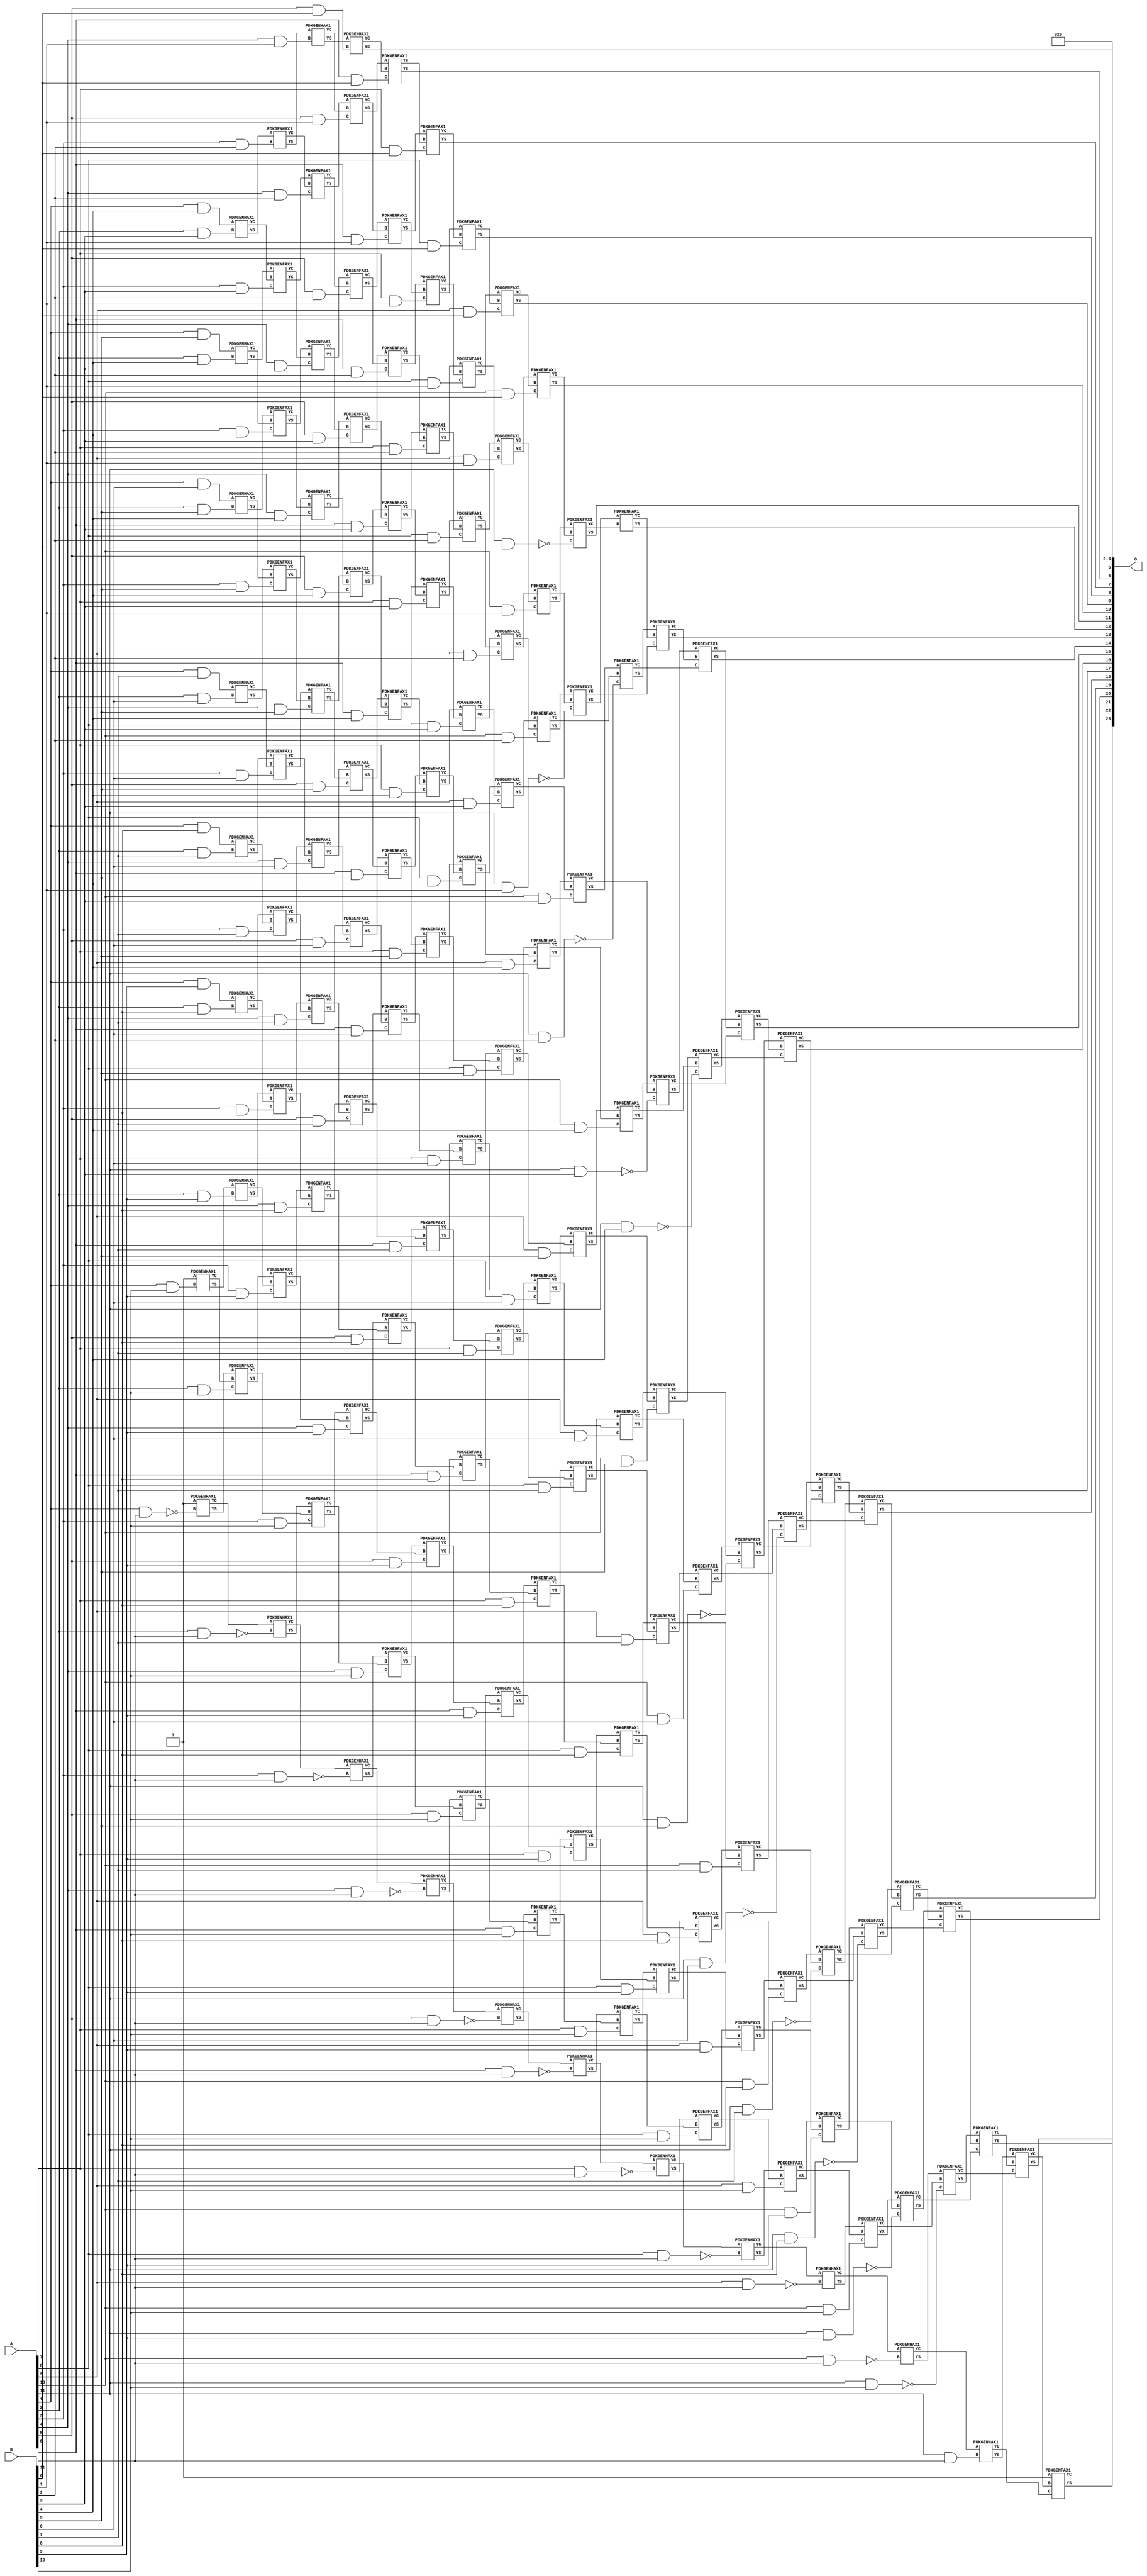
/***
* This code is a part of EvoApproxLib library (ehw.fit.vutbr.cz/approxlib) distributed under The MIT License.
* When used, please cite the following article(s): V. Mrazek, Z. Vasicek, L. Sekanina, H. Jiang and J. Han, "Scalable Construction of Approximate Multipliers With Formally Guaranteed Worst Case Error" in IEEE Transactions on Very Large Scale Integration (VLSI) Systems, vol. 26, no. 11, pp. 2572-2576, Nov. 2018. doi: 10.1109/TVLSI.2018.2856362 
* This file contains a circuit from a sub-set of pareto optimal circuits with respect to the pwr and mae parameters
***/
// MAE% = 0.0031 %
// MAE = 524 
// WCE% = 0.013 %
// WCE = 2145 
// WCRE% = 9700.00 %
// EP% = 90.61 %
// MRE% = 0.25 %
// MSE = 700070 
// PDK45_PWR = 1.055 mW
// PDK45_AREA = 1443.6 um2
// PDK45_DELAY = 2.22 ns


module mul12s_2K5 ( A, B, O );
  input [11:0] A;
  input [11:0] B;
  output [23:0] O;

  wire C_10_0,C_10_1,C_10_10,C_10_11,C_10_2,C_10_3,C_10_4,C_10_5,C_10_6,C_10_7,C_10_8,C_10_9,C_11_0,C_11_1,C_11_10,C_11_11,C_11_2,C_11_3,C_11_4,C_11_5,C_11_6,C_11_7,C_11_8,C_11_9,C_12_0,C_12_1,C_12_10,C_12_11,C_12_2,C_12_3,C_12_4,C_12_5,C_12_6,C_12_7,C_12_8,C_12_9,C_1_10,C_1_11,C_2_10,C_2_11,C_2_3,C_2_4,C_2_5,C_2_6,C_2_7,C_2_8,C_2_9,C_3_10,C_3_11,C_3_2,C_3_3,C_3_4,C_3_5,C_3_6,C_3_7,C_3_8,C_3_9,C_4_1,C_4_10,C_4_11,C_4_2,C_4_3,C_4_4,C_4_5,C_4_6,C_4_7,C_4_8,C_4_9,C_5_0,C_5_1,C_5_10,C_5_11,C_5_2,C_5_3,C_5_4,C_5_5,C_5_6,C_5_7,C_5_8,C_5_9,C_6_0,C_6_1,C_6_10,C_6_11,C_6_2,C_6_3,C_6_4,C_6_5,C_6_6,C_6_7,C_6_8,C_6_9,C_7_0,C_7_1,C_7_10,C_7_11,C_7_2,C_7_3,C_7_4,C_7_5,C_7_6,C_7_7,C_7_8,C_7_9,C_8_0,C_8_1,C_8_10,C_8_11,C_8_2,C_8_3,C_8_4,C_8_5,C_8_6,C_8_7,C_8_8,C_8_9,C_9_0,C_9_1,C_9_10,C_9_11,C_9_2,C_9_3,C_9_4,C_9_5,C_9_6,C_9_7,C_9_8,C_9_9,S_0_11,S_10_0,S_10_1,S_10_10,S_10_11,S_10_2,S_10_3,S_10_4,S_10_5,S_10_6,S_10_7,S_10_8,S_10_9,S_11_0,S_11_1,S_11_10,S_11_11,S_11_2,S_11_3,S_11_4,S_11_5,S_11_6,S_11_7,S_11_8,S_11_9,S_12_0,S_12_1,S_12_10,S_12_11,S_12_2,S_12_3,S_12_4,S_12_5,S_12_6,S_12_7,S_12_8,S_12_9,S_1_10,S_1_11,S_1_4,S_1_5,S_1_6,S_1_7,S_1_8,S_1_9,S_2_10,S_2_11,S_2_3,S_2_4,S_2_5,S_2_6,S_2_7,S_2_8,S_2_9,S_3_10,S_3_11,S_3_2,S_3_3,S_3_4,S_3_5,S_3_6,S_3_7,S_3_8,S_3_9,S_4_1,S_4_10,S_4_11,S_4_2,S_4_3,S_4_4,S_4_5,S_4_6,S_4_7,S_4_8,S_4_9,S_5_0,S_5_1,S_5_10,S_5_11,S_5_2,S_5_3,S_5_4,S_5_5,S_5_6,S_5_7,S_5_8,S_5_9,S_6_0,S_6_1,S_6_10,S_6_11,S_6_2,S_6_3,S_6_4,S_6_5,S_6_6,S_6_7,S_6_8,S_6_9,S_7_0,S_7_1,S_7_10,S_7_11,S_7_2,S_7_3,S_7_4,S_7_5,S_7_6,S_7_7,S_7_8,S_7_9,S_8_0,S_8_1,S_8_10,S_8_11,S_8_2,S_8_3,S_8_4,S_8_5,S_8_6,S_8_7,S_8_8,S_8_9,S_9_0,S_9_1,S_9_10,S_9_11,S_9_2,S_9_3,S_9_4,S_9_5,S_9_6,S_9_7,S_9_8,S_9_9;

  assign S_0_11 = 1'b1;
  assign S_1_4 = (A[1] & B[4]);
  assign S_1_5 = (A[1] & B[5]);
  assign S_1_6 = (A[1] & B[6]);
  assign S_1_7 = (A[1] & B[7]);
  assign S_1_8 = (A[1] & B[8]);
  assign S_1_9 = (A[1] & B[9]);
  PDKGENHAX1 U21695 (.A(S_0_11), .B((A[1] & B[10])), .YS(S_1_10), .YC(C_1_10));
  PDKGENHAX1 U21696 (.A(1'b1), .B(~(A[1] & B[11])), .YS(S_1_11), .YC(C_1_11));
  PDKGENHAX1 U21700 (.A(S_1_4), .B((A[2] & B[3])), .YS(S_2_3), .YC(C_2_3));
  PDKGENHAX1 U21701 (.A(S_1_5), .B((A[2] & B[4])), .YS(S_2_4), .YC(C_2_4));
  PDKGENHAX1 U21702 (.A(S_1_6), .B((A[2] & B[5])), .YS(S_2_5), .YC(C_2_5));
  PDKGENHAX1 U21703 (.A(S_1_7), .B((A[2] & B[6])), .YS(S_2_6), .YC(C_2_6));
  PDKGENHAX1 U21704 (.A(S_1_8), .B((A[2] & B[7])), .YS(S_2_7), .YC(C_2_7));
  PDKGENHAX1 U21705 (.A(S_1_9), .B((A[2] & B[8])), .YS(S_2_8), .YC(C_2_8));
  PDKGENHAX1 U21706 (.A(S_1_10), .B((A[2] & B[9])), .YS(S_2_9), .YC(C_2_9));
  PDKGENFAX1 U21707 (.A(S_1_11), .B(C_1_10), .C((A[2] & B[10])), .YS(S_2_10), .YC(C_2_10));
  PDKGENHAX1 U21708 (.A(C_1_11), .B(~(A[2] & B[11])), .YS(S_2_11), .YC(C_2_11));
  PDKGENHAX1 U21711 (.A(S_2_3), .B((A[3] & B[2])), .YS(S_3_2), .YC(C_3_2));
  PDKGENFAX1 U21712 (.A(S_2_4), .B(C_2_3), .C((A[3] & B[3])), .YS(S_3_3), .YC(C_3_3));
  PDKGENFAX1 U21713 (.A(S_2_5), .B(C_2_4), .C((A[3] & B[4])), .YS(S_3_4), .YC(C_3_4));
  PDKGENFAX1 U21714 (.A(S_2_6), .B(C_2_5), .C((A[3] & B[5])), .YS(S_3_5), .YC(C_3_5));
  PDKGENFAX1 U21715 (.A(S_2_7), .B(C_2_6), .C((A[3] & B[6])), .YS(S_3_6), .YC(C_3_6));
  PDKGENFAX1 U21716 (.A(S_2_8), .B(C_2_7), .C((A[3] & B[7])), .YS(S_3_7), .YC(C_3_7));
  PDKGENFAX1 U21717 (.A(S_2_9), .B(C_2_8), .C((A[3] & B[8])), .YS(S_3_8), .YC(C_3_8));
  PDKGENFAX1 U21718 (.A(S_2_10), .B(C_2_9), .C((A[3] & B[9])), .YS(S_3_9), .YC(C_3_9));
  PDKGENFAX1 U21719 (.A(S_2_11), .B(C_2_10), .C((A[3] & B[10])), .YS(S_3_10), .YC(C_3_10));
  PDKGENHAX1 U21720 (.A(C_2_11), .B(~(A[3] & B[11])), .YS(S_3_11), .YC(C_3_11));
  PDKGENHAX1 U21722 (.A(S_3_2), .B((A[4] & B[1])), .YS(S_4_1), .YC(C_4_1));
  PDKGENFAX1 U21723 (.A(S_3_3), .B(C_3_2), .C((A[4] & B[2])), .YS(S_4_2), .YC(C_4_2));
  PDKGENFAX1 U21724 (.A(S_3_4), .B(C_3_3), .C((A[4] & B[3])), .YS(S_4_3), .YC(C_4_3));
  PDKGENFAX1 U21725 (.A(S_3_5), .B(C_3_4), .C((A[4] & B[4])), .YS(S_4_4), .YC(C_4_4));
  PDKGENFAX1 U21726 (.A(S_3_6), .B(C_3_5), .C((A[4] & B[5])), .YS(S_4_5), .YC(C_4_5));
  PDKGENFAX1 U21727 (.A(S_3_7), .B(C_3_6), .C((A[4] & B[6])), .YS(S_4_6), .YC(C_4_6));
  PDKGENFAX1 U21728 (.A(S_3_8), .B(C_3_7), .C((A[4] & B[7])), .YS(S_4_7), .YC(C_4_7));
  PDKGENFAX1 U21729 (.A(S_3_9), .B(C_3_8), .C((A[4] & B[8])), .YS(S_4_8), .YC(C_4_8));
  PDKGENFAX1 U21730 (.A(S_3_10), .B(C_3_9), .C((A[4] & B[9])), .YS(S_4_9), .YC(C_4_9));
  PDKGENFAX1 U21731 (.A(S_3_11), .B(C_3_10), .C((A[4] & B[10])), .YS(S_4_10), .YC(C_4_10));
  PDKGENHAX1 U21732 (.A(C_3_11), .B(~(A[4] & B[11])), .YS(S_4_11), .YC(C_4_11));
  PDKGENHAX1 U21733 (.A(S_4_1), .B((A[5] & B[0])), .YS(S_5_0), .YC(C_5_0));
  PDKGENFAX1 U21734 (.A(S_4_2), .B(C_4_1), .C((A[5] & B[1])), .YS(S_5_1), .YC(C_5_1));
  PDKGENFAX1 U21735 (.A(S_4_3), .B(C_4_2), .C((A[5] & B[2])), .YS(S_5_2), .YC(C_5_2));
  PDKGENFAX1 U21736 (.A(S_4_4), .B(C_4_3), .C((A[5] & B[3])), .YS(S_5_3), .YC(C_5_3));
  PDKGENFAX1 U21737 (.A(S_4_5), .B(C_4_4), .C((A[5] & B[4])), .YS(S_5_4), .YC(C_5_4));
  PDKGENFAX1 U21738 (.A(S_4_6), .B(C_4_5), .C((A[5] & B[5])), .YS(S_5_5), .YC(C_5_5));
  PDKGENFAX1 U21739 (.A(S_4_7), .B(C_4_6), .C((A[5] & B[6])), .YS(S_5_6), .YC(C_5_6));
  PDKGENFAX1 U21740 (.A(S_4_8), .B(C_4_7), .C((A[5] & B[7])), .YS(S_5_7), .YC(C_5_7));
  PDKGENFAX1 U21741 (.A(S_4_9), .B(C_4_8), .C((A[5] & B[8])), .YS(S_5_8), .YC(C_5_8));
  PDKGENFAX1 U21742 (.A(S_4_10), .B(C_4_9), .C((A[5] & B[9])), .YS(S_5_9), .YC(C_5_9));
  PDKGENFAX1 U21743 (.A(S_4_11), .B(C_4_10), .C((A[5] & B[10])), .YS(S_5_10), .YC(C_5_10));
  PDKGENHAX1 U21744 (.A(C_4_11), .B(~(A[5] & B[11])), .YS(S_5_11), .YC(C_5_11));
  PDKGENFAX1 U21745 (.A(S_5_1), .B(C_5_0), .C((A[6] & B[0])), .YS(S_6_0), .YC(C_6_0));
  PDKGENFAX1 U21746 (.A(S_5_2), .B(C_5_1), .C((A[6] & B[1])), .YS(S_6_1), .YC(C_6_1));
  PDKGENFAX1 U21747 (.A(S_5_3), .B(C_5_2), .C((A[6] & B[2])), .YS(S_6_2), .YC(C_6_2));
  PDKGENFAX1 U21748 (.A(S_5_4), .B(C_5_3), .C((A[6] & B[3])), .YS(S_6_3), .YC(C_6_3));
  PDKGENFAX1 U21749 (.A(S_5_5), .B(C_5_4), .C((A[6] & B[4])), .YS(S_6_4), .YC(C_6_4));
  PDKGENFAX1 U21750 (.A(S_5_6), .B(C_5_5), .C((A[6] & B[5])), .YS(S_6_5), .YC(C_6_5));
  PDKGENFAX1 U21751 (.A(S_5_7), .B(C_5_6), .C((A[6] & B[6])), .YS(S_6_6), .YC(C_6_6));
  PDKGENFAX1 U21752 (.A(S_5_8), .B(C_5_7), .C((A[6] & B[7])), .YS(S_6_7), .YC(C_6_7));
  PDKGENFAX1 U21753 (.A(S_5_9), .B(C_5_8), .C((A[6] & B[8])), .YS(S_6_8), .YC(C_6_8));
  PDKGENFAX1 U21754 (.A(S_5_10), .B(C_5_9), .C((A[6] & B[9])), .YS(S_6_9), .YC(C_6_9));
  PDKGENFAX1 U21755 (.A(S_5_11), .B(C_5_10), .C((A[6] & B[10])), .YS(S_6_10), .YC(C_6_10));
  PDKGENHAX1 U21756 (.A(C_5_11), .B(~(A[6] & B[11])), .YS(S_6_11), .YC(C_6_11));
  PDKGENFAX1 U21757 (.A(S_6_1), .B(C_6_0), .C((A[7] & B[0])), .YS(S_7_0), .YC(C_7_0));
  PDKGENFAX1 U21758 (.A(S_6_2), .B(C_6_1), .C((A[7] & B[1])), .YS(S_7_1), .YC(C_7_1));
  PDKGENFAX1 U21759 (.A(S_6_3), .B(C_6_2), .C((A[7] & B[2])), .YS(S_7_2), .YC(C_7_2));
  PDKGENFAX1 U21760 (.A(S_6_4), .B(C_6_3), .C((A[7] & B[3])), .YS(S_7_3), .YC(C_7_3));
  PDKGENFAX1 U21761 (.A(S_6_5), .B(C_6_4), .C((A[7] & B[4])), .YS(S_7_4), .YC(C_7_4));
  PDKGENFAX1 U21762 (.A(S_6_6), .B(C_6_5), .C((A[7] & B[5])), .YS(S_7_5), .YC(C_7_5));
  PDKGENFAX1 U21763 (.A(S_6_7), .B(C_6_6), .C((A[7] & B[6])), .YS(S_7_6), .YC(C_7_6));
  PDKGENFAX1 U21764 (.A(S_6_8), .B(C_6_7), .C((A[7] & B[7])), .YS(S_7_7), .YC(C_7_7));
  PDKGENFAX1 U21765 (.A(S_6_9), .B(C_6_8), .C((A[7] & B[8])), .YS(S_7_8), .YC(C_7_8));
  PDKGENFAX1 U21766 (.A(S_6_10), .B(C_6_9), .C((A[7] & B[9])), .YS(S_7_9), .YC(C_7_9));
  PDKGENFAX1 U21767 (.A(S_6_11), .B(C_6_10), .C((A[7] & B[10])), .YS(S_7_10), .YC(C_7_10));
  PDKGENHAX1 U21768 (.A(C_6_11), .B(~(A[7] & B[11])), .YS(S_7_11), .YC(C_7_11));
  PDKGENFAX1 U21769 (.A(S_7_1), .B(C_7_0), .C((A[8] & B[0])), .YS(S_8_0), .YC(C_8_0));
  PDKGENFAX1 U21770 (.A(S_7_2), .B(C_7_1), .C((A[8] & B[1])), .YS(S_8_1), .YC(C_8_1));
  PDKGENFAX1 U21771 (.A(S_7_3), .B(C_7_2), .C((A[8] & B[2])), .YS(S_8_2), .YC(C_8_2));
  PDKGENFAX1 U21772 (.A(S_7_4), .B(C_7_3), .C((A[8] & B[3])), .YS(S_8_3), .YC(C_8_3));
  PDKGENFAX1 U21773 (.A(S_7_5), .B(C_7_4), .C((A[8] & B[4])), .YS(S_8_4), .YC(C_8_4));
  PDKGENFAX1 U21774 (.A(S_7_6), .B(C_7_5), .C((A[8] & B[5])), .YS(S_8_5), .YC(C_8_5));
  PDKGENFAX1 U21775 (.A(S_7_7), .B(C_7_6), .C((A[8] & B[6])), .YS(S_8_6), .YC(C_8_6));
  PDKGENFAX1 U21776 (.A(S_7_8), .B(C_7_7), .C((A[8] & B[7])), .YS(S_8_7), .YC(C_8_7));
  PDKGENFAX1 U21777 (.A(S_7_9), .B(C_7_8), .C((A[8] & B[8])), .YS(S_8_8), .YC(C_8_8));
  PDKGENFAX1 U21778 (.A(S_7_10), .B(C_7_9), .C((A[8] & B[9])), .YS(S_8_9), .YC(C_8_9));
  PDKGENFAX1 U21779 (.A(S_7_11), .B(C_7_10), .C((A[8] & B[10])), .YS(S_8_10), .YC(C_8_10));
  PDKGENHAX1 U21780 (.A(C_7_11), .B(~(A[8] & B[11])), .YS(S_8_11), .YC(C_8_11));
  PDKGENFAX1 U21781 (.A(S_8_1), .B(C_8_0), .C((A[9] & B[0])), .YS(S_9_0), .YC(C_9_0));
  PDKGENFAX1 U21782 (.A(S_8_2), .B(C_8_1), .C((A[9] & B[1])), .YS(S_9_1), .YC(C_9_1));
  PDKGENFAX1 U21783 (.A(S_8_3), .B(C_8_2), .C((A[9] & B[2])), .YS(S_9_2), .YC(C_9_2));
  PDKGENFAX1 U21784 (.A(S_8_4), .B(C_8_3), .C((A[9] & B[3])), .YS(S_9_3), .YC(C_9_3));
  PDKGENFAX1 U21785 (.A(S_8_5), .B(C_8_4), .C((A[9] & B[4])), .YS(S_9_4), .YC(C_9_4));
  PDKGENFAX1 U21786 (.A(S_8_6), .B(C_8_5), .C((A[9] & B[5])), .YS(S_9_5), .YC(C_9_5));
  PDKGENFAX1 U21787 (.A(S_8_7), .B(C_8_6), .C((A[9] & B[6])), .YS(S_9_6), .YC(C_9_6));
  PDKGENFAX1 U21788 (.A(S_8_8), .B(C_8_7), .C((A[9] & B[7])), .YS(S_9_7), .YC(C_9_7));
  PDKGENFAX1 U21789 (.A(S_8_9), .B(C_8_8), .C((A[9] & B[8])), .YS(S_9_8), .YC(C_9_8));
  PDKGENFAX1 U21790 (.A(S_8_10), .B(C_8_9), .C((A[9] & B[9])), .YS(S_9_9), .YC(C_9_9));
  PDKGENFAX1 U21791 (.A(S_8_11), .B(C_8_10), .C((A[9] & B[10])), .YS(S_9_10), .YC(C_9_10));
  PDKGENHAX1 U21792 (.A(C_8_11), .B(~(A[9] & B[11])), .YS(S_9_11), .YC(C_9_11));
  PDKGENFAX1 U21793 (.A(S_9_1), .B(C_9_0), .C((A[10] & B[0])), .YS(S_10_0), .YC(C_10_0));
  PDKGENFAX1 U21794 (.A(S_9_2), .B(C_9_1), .C((A[10] & B[1])), .YS(S_10_1), .YC(C_10_1));
  PDKGENFAX1 U21795 (.A(S_9_3), .B(C_9_2), .C((A[10] & B[2])), .YS(S_10_2), .YC(C_10_2));
  PDKGENFAX1 U21796 (.A(S_9_4), .B(C_9_3), .C((A[10] & B[3])), .YS(S_10_3), .YC(C_10_3));
  PDKGENFAX1 U21797 (.A(S_9_5), .B(C_9_4), .C((A[10] & B[4])), .YS(S_10_4), .YC(C_10_4));
  PDKGENFAX1 U21798 (.A(S_9_6), .B(C_9_5), .C((A[10] & B[5])), .YS(S_10_5), .YC(C_10_5));
  PDKGENFAX1 U21799 (.A(S_9_7), .B(C_9_6), .C((A[10] & B[6])), .YS(S_10_6), .YC(C_10_6));
  PDKGENFAX1 U21800 (.A(S_9_8), .B(C_9_7), .C((A[10] & B[7])), .YS(S_10_7), .YC(C_10_7));
  PDKGENFAX1 U21801 (.A(S_9_9), .B(C_9_8), .C((A[10] & B[8])), .YS(S_10_8), .YC(C_10_8));
  PDKGENFAX1 U21802 (.A(S_9_10), .B(C_9_9), .C((A[10] & B[9])), .YS(S_10_9), .YC(C_10_9));
  PDKGENFAX1 U21803 (.A(S_9_11), .B(C_9_10), .C((A[10] & B[10])), .YS(S_10_10), .YC(C_10_10));
  PDKGENHAX1 U21804 (.A(C_9_11), .B(~(A[10] & B[11])), .YS(S_10_11), .YC(C_10_11));
  PDKGENFAX1 U21805 (.A(S_10_1), .B(C_10_0), .C(~(A[11] & B[0])), .YS(S_11_0), .YC(C_11_0));
  PDKGENFAX1 U21806 (.A(S_10_2), .B(C_10_1), .C(~(A[11] & B[1])), .YS(S_11_1), .YC(C_11_1));
  PDKGENFAX1 U21807 (.A(S_10_3), .B(C_10_2), .C(~(A[11] & B[2])), .YS(S_11_2), .YC(C_11_2));
  PDKGENFAX1 U21808 (.A(S_10_4), .B(C_10_3), .C(~(A[11] & B[3])), .YS(S_11_3), .YC(C_11_3));
  PDKGENFAX1 U21809 (.A(S_10_5), .B(C_10_4), .C(~(A[11] & B[4])), .YS(S_11_4), .YC(C_11_4));
  PDKGENFAX1 U21810 (.A(S_10_6), .B(C_10_5), .C(~(A[11] & B[5])), .YS(S_11_5), .YC(C_11_5));
  PDKGENFAX1 U21811 (.A(S_10_7), .B(C_10_6), .C(~(A[11] & B[6])), .YS(S_11_6), .YC(C_11_6));
  PDKGENFAX1 U21812 (.A(S_10_8), .B(C_10_7), .C(~(A[11] & B[7])), .YS(S_11_7), .YC(C_11_7));
  PDKGENFAX1 U21813 (.A(S_10_9), .B(C_10_8), .C(~(A[11] & B[8])), .YS(S_11_8), .YC(C_11_8));
  PDKGENFAX1 U21814 (.A(S_10_10), .B(C_10_9), .C(~(A[11] & B[9])), .YS(S_11_9), .YC(C_11_9));
  PDKGENFAX1 U21815 (.A(S_10_11), .B(C_10_10), .C(~(A[11] & B[10])), .YS(S_11_10), .YC(C_11_10));
  PDKGENHAX1 U21816 (.A(C_10_11), .B((A[11] & B[11])), .YS(S_11_11), .YC(C_11_11));
  PDKGENHAX1 U21817 (.A(S_11_1), .B(C_11_0), .YS(S_12_0), .YC(C_12_0));
  PDKGENFAX1 U21818 (.A(S_11_2), .B(C_12_0), .C(C_11_1), .YS(S_12_1), .YC(C_12_1));
  PDKGENFAX1 U21819 (.A(S_11_3), .B(C_12_1), .C(C_11_2), .YS(S_12_2), .YC(C_12_2));
  PDKGENFAX1 U21820 (.A(S_11_4), .B(C_12_2), .C(C_11_3), .YS(S_12_3), .YC(C_12_3));
  PDKGENFAX1 U21821 (.A(S_11_5), .B(C_12_3), .C(C_11_4), .YS(S_12_4), .YC(C_12_4));
  PDKGENFAX1 U21822 (.A(S_11_6), .B(C_12_4), .C(C_11_5), .YS(S_12_5), .YC(C_12_5));
  PDKGENFAX1 U21823 (.A(S_11_7), .B(C_12_5), .C(C_11_6), .YS(S_12_6), .YC(C_12_6));
  PDKGENFAX1 U21824 (.A(S_11_8), .B(C_12_6), .C(C_11_7), .YS(S_12_7), .YC(C_12_7));
  PDKGENFAX1 U21825 (.A(S_11_9), .B(C_12_7), .C(C_11_8), .YS(S_12_8), .YC(C_12_8));
  PDKGENFAX1 U21826 (.A(S_11_10), .B(C_12_8), .C(C_11_9), .YS(S_12_9), .YC(C_12_9));
  PDKGENFAX1 U21827 (.A(S_11_11), .B(C_12_9), .C(C_11_10), .YS(S_12_10), .YC(C_12_10));
  PDKGENFAX1 U21828 (.A(1'b1), .B(C_12_10), .C(C_11_11), .YS(S_12_11), .YC(C_12_11));
  assign O = {S_12_11,S_12_10,S_12_9,S_12_8,S_12_7,S_12_6,S_12_5,S_12_4,S_12_3,S_12_2,S_12_1,S_12_0,S_11_0,S_10_0,S_9_0,S_8_0,S_7_0,S_6_0,S_5_0,1'b0,1'b0,1'b0,1'b0,1'b0};

endmodule

/* mod */
module PDKGENHAX1( input A, input B, output YS, output YC );
    assign YS = A ^ B;
    assign YC = A & B;
endmodule
/* mod */
module PDKGENFAX1( input A, input B, input C, output YS, output YC );
    assign YS = (A ^ B) ^ C;
    assign YC = (A & B) | (B & C) | (A & C);
endmodule